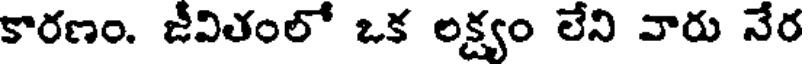
కారణం. జీవితంలో ఒక లక్ష్యం లేని వారు నేర